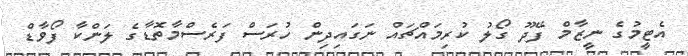
އެޓީމުގެ ނީޒާމް ފޭދޫ ގޯލު ކުރިމައްޗައް ނަގައިދިން ހުރަސް ފަރެސްމާތޮޑާގެ ލަންކާ ފޯވާޑް